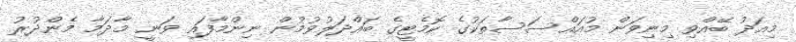
މިއަދު ބޭއްވި މިނިވަން މުއައްސަސާތަކުގެ ކޮމެޓީގެ ބައްދަލުވުމުން ނިންމާފައި ވަނީ މާދަމާ މެންދުރު